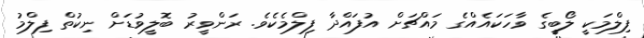
ފިލްމަކީ ލޯބީގެ ވާހަކައެއްގެ މައްޗަށް އުފައްދާ ފިލްމެކެވެ. ރަންވީރު ބޮލީވުޑަށް ނިކުތް ފިލްމު